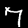
Label: 7